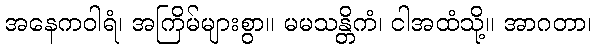
အနေကဝါရံ၊ အကြိမ်များစွာ။ မမသန္တိကံ၊ ငါအထံသို့။ အာဂတာ၊